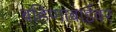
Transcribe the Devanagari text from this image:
बहिणाबाईवर